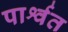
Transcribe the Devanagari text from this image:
पार्श्वत